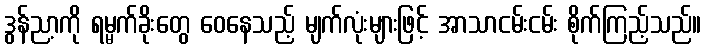
ဒွန်ညာ့ကို ရမ္မက်ခိုးတွေ ဝေနေသည့် မျက်လုံးများဖြင့် အာသာငမ်းငမ်း စိုက်ကြည့်သည်။